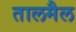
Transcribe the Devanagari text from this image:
तालमैल